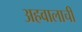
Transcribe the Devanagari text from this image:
अहवालाची